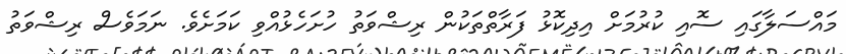
މައްސަލާގައި ސޮއި ކުރުމަށް އިދިކޮޅު ފަރާތްތަކުން ރިޝްވަތު ހުށަހެޅުއްވި ކަމަށެވެ. ނަމަވެސް ރިޝްވަތު